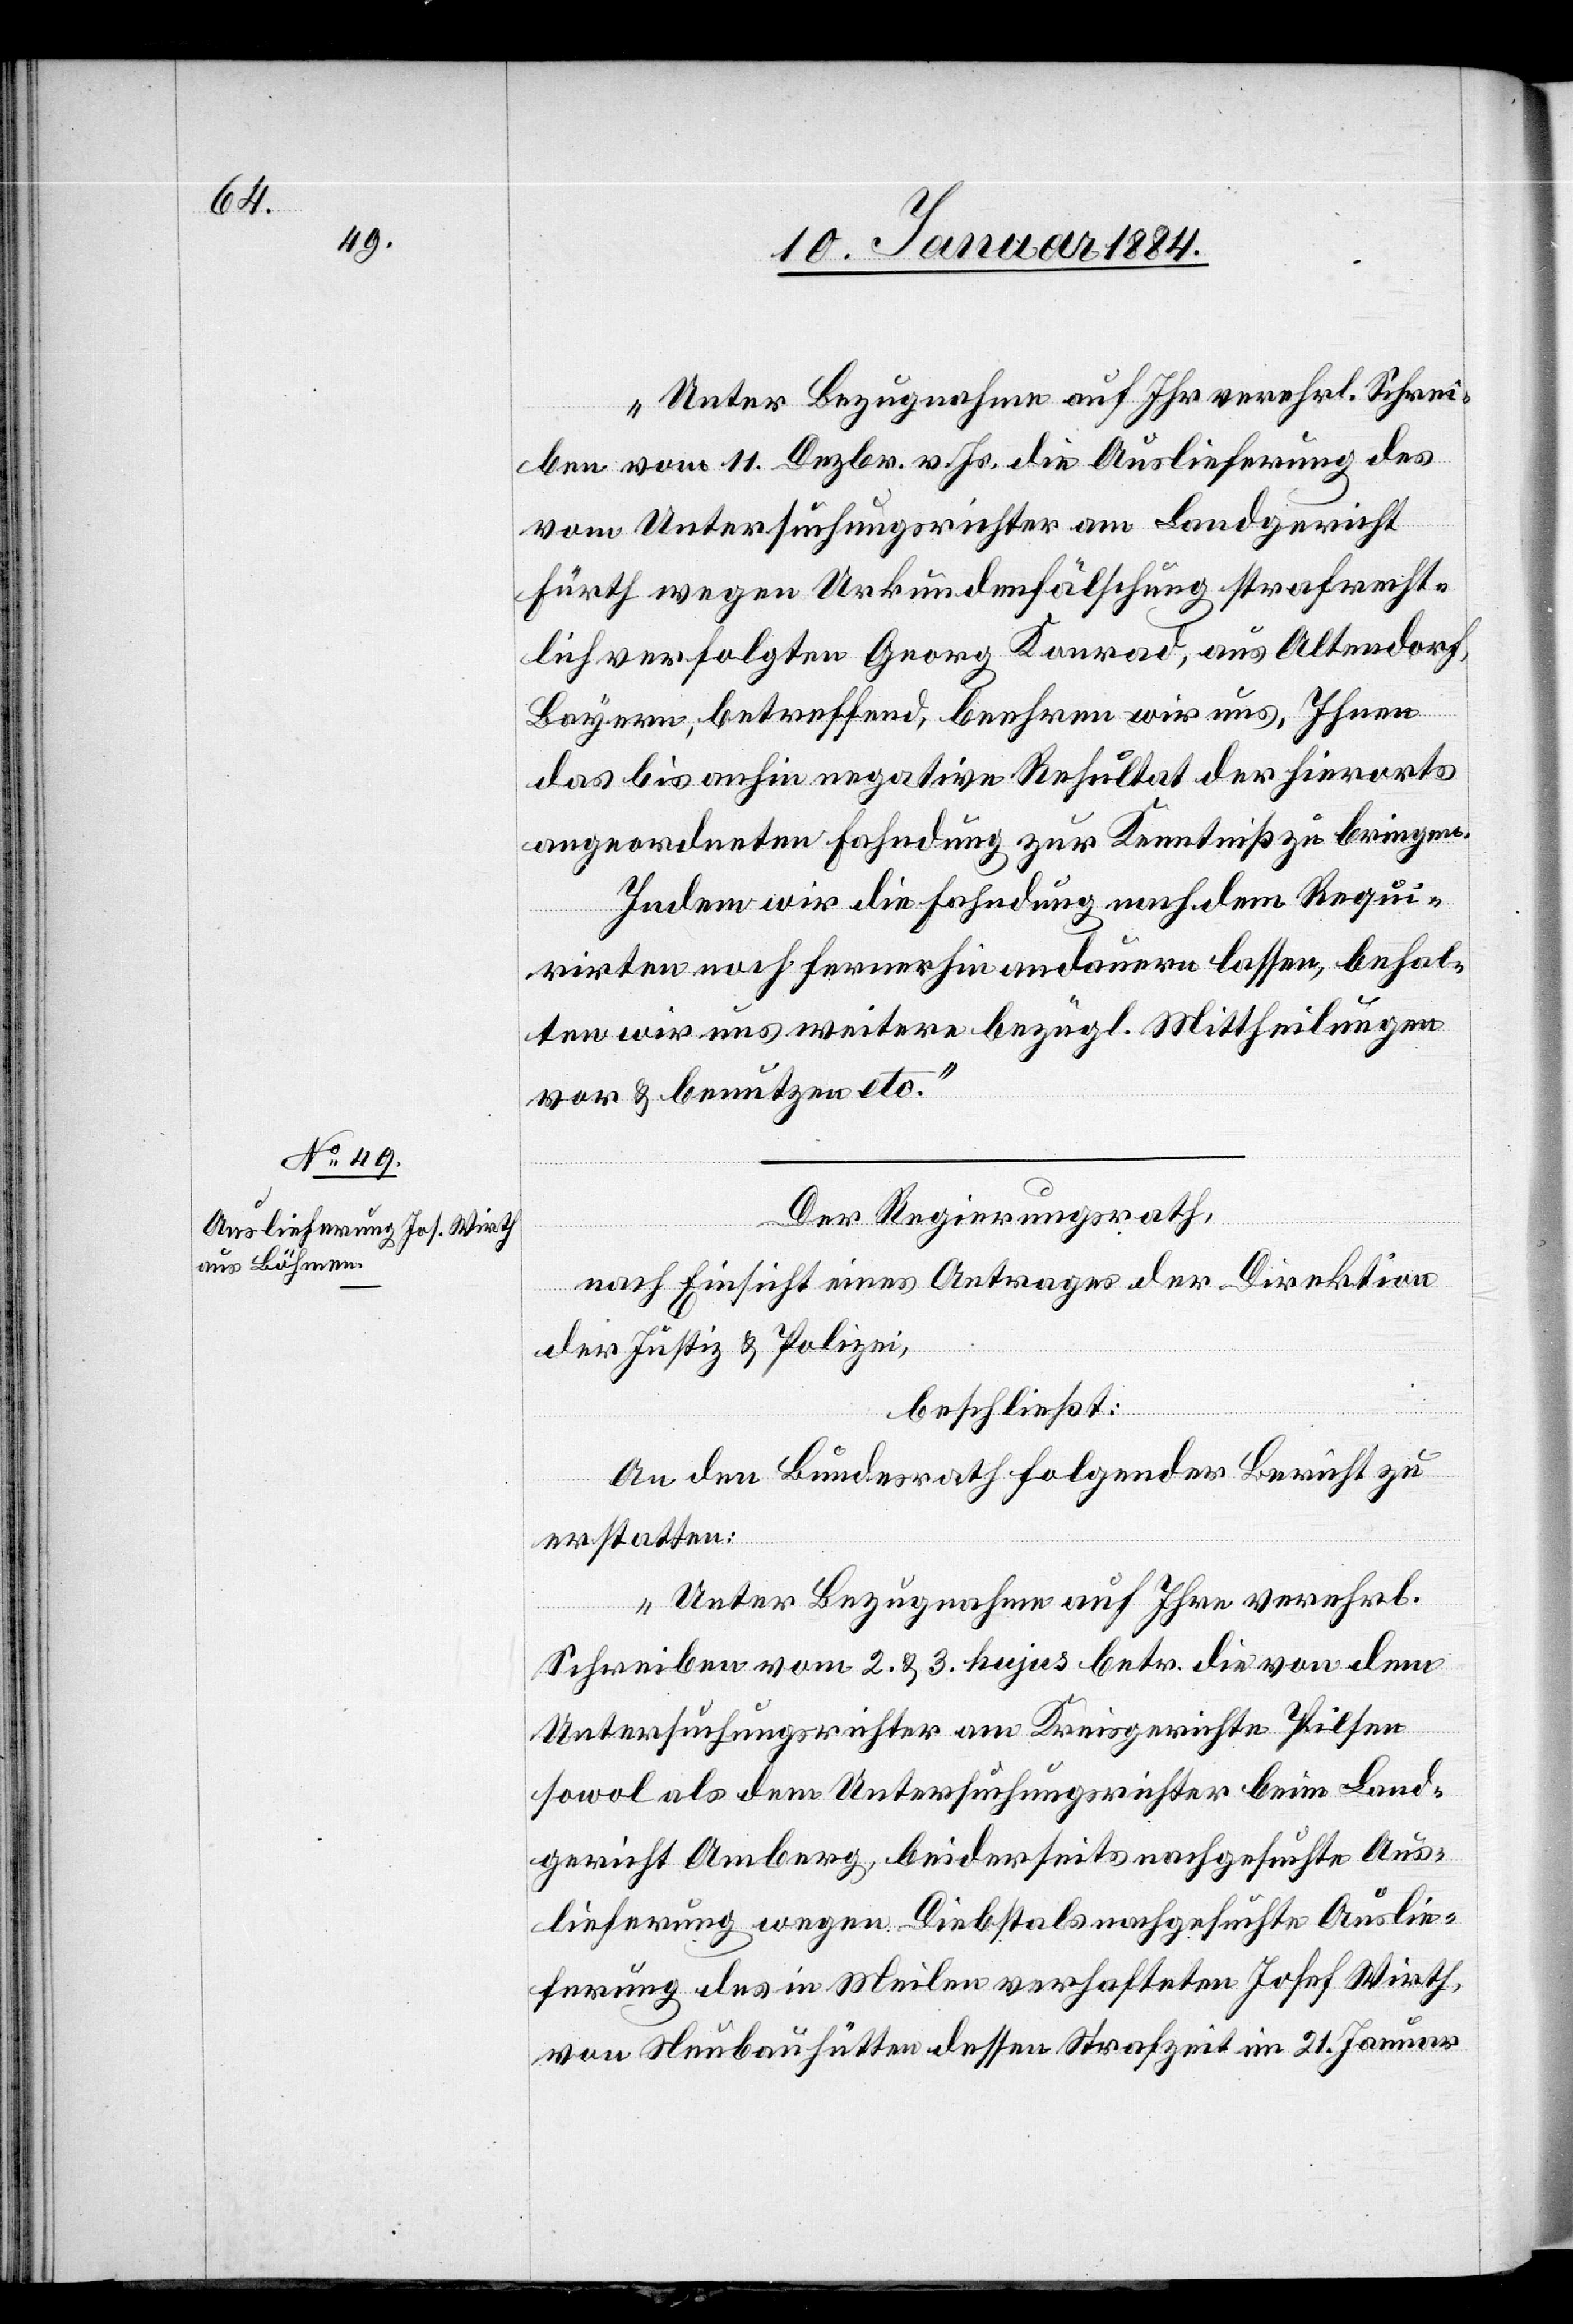
„Unter Bezugnahme auf Ihr verehrl. Schrei¬
ben vom 11. Dezbr. v. Js. die Auslieferung des
vom Untersuchungsrichter am Landgericht
Fürth wegen Urkundenfälschung strafrecht¬
lich verfolgten Georg Konrad, aus Altendorf,
lie¬
Bayern, betreffend, beehren wir uns, Ihnen
das bis anhin negative Resultat der hierorts
angeordneten Fahndung zur Kenntniß zu bringen.
Indem wir die Fahndung nach dem Requi¬
rirten noch fernerhin andauern lassen, behal¬
ten wir uns weitere bezügl. Mittheilungen
vor & benutzen etc.“
Der Regierungsrath,
nach Einsicht eines Antrages der Direktion
der Justiz & Polizei,
beschließt:
An den Bundesrath folgender Bericht zu
erstatten:
„Unter Bezugnahme auf Ihre verehrl.
Schreiben vom 2. & 3. hujus betr. die von dem
Untersuchungsrichter am Kreisgerichte Pilsen
sowol als dem Untersuchungsrichter beim Land¬
gericht Amberg, beiderseits wegen Diebstals nachgesuchten Aus¬
ferung des in Meilen verhafteten Josef Wirth
von Neubauhütten dessen Strafzeit im [sic!] 21. Januar